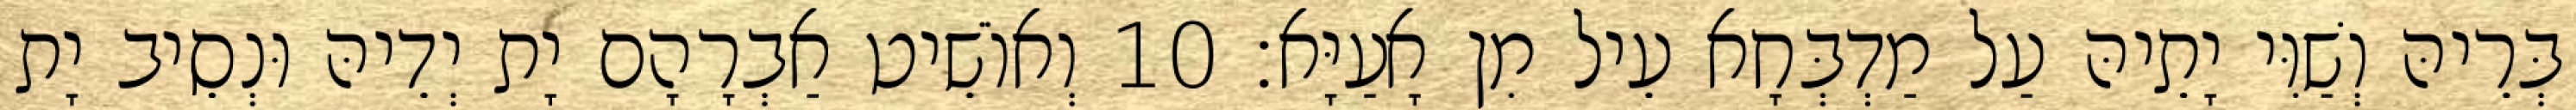
בְּרֵיהּ וְשַׁוִּי יָתֵיהּ עַל מַדְבְּחָא עֵיל מִן אָעַיָּא׃ 10 וְאוֹשֵׁיט אַבְרָהָם יָת יְדֵיהּ וּנְסֵיב יָת